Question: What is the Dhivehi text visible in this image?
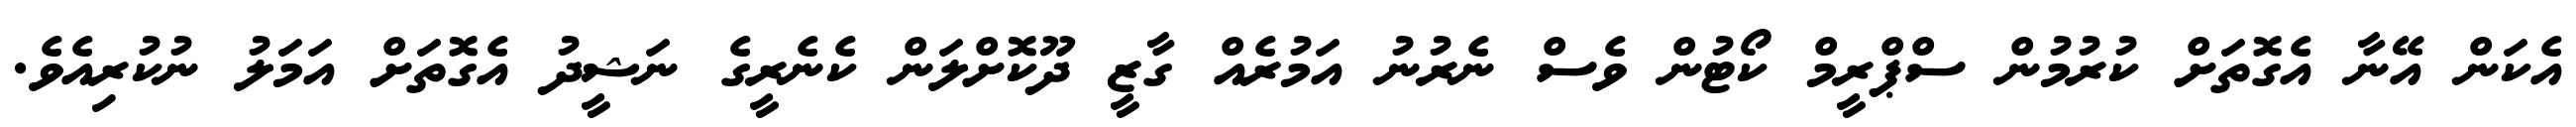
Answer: އެކަން އޭނާ އެގޮތަށް ކުރުމުން ސްޕްރީމް ކޯޓުން ވެސް ނެރުނު އަމުރެއް ގާޒީ ދޫކޮށްލަން ކެނެރީގެ ނަޝީދު އެގޮތަށް އަމަލު ނުކުރިއެވެ.